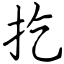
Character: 扢